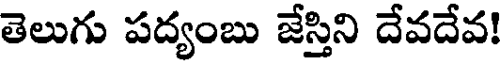
తెలుగు పద్యంబు జేస్తిని దేవదేవ!